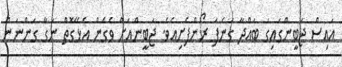
އައިސް ޖަބީންގައިގަ ބައްދާ ގަނެފަ ރޯންފެށިއެވެ. ޖަބީންއަށް ވެގެން އެޅޭގޮތް ނަގާ ގަންނަން